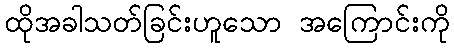
ထိုအခါသတ်ခြင်းဟူသော အကြောင်းကို